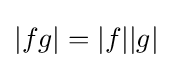
|fg|=|f||g|